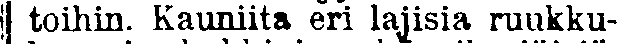
töihin. Kauniita eri lajisia ruukku-